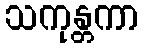
သကုန္တကာ